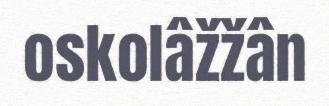
oskolâžžân